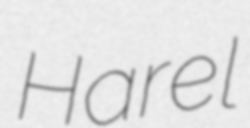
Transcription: Harel